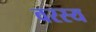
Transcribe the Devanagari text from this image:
वरस्य